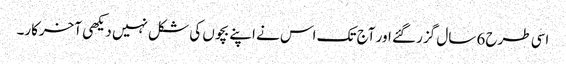
اسی طرح 6 سال گزر گئے اور آج تک اس نے اپنے بچوں کی شکل نہیں دیکھی آخرکار۔